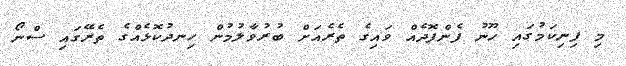
މި ފިނިކަމުގައި ހޫނު ފެންފޮދެއް ވައިގެ ތެރެއަށް ބުރުވާލުމުން ހިނދުކޮޅެއްގެ ތެރޭގައި ސްނޯ